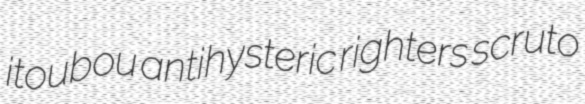
itoubou antihysteric righters scruto